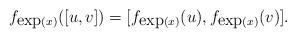
LaTeX: \begin{align*} f_{\mbox{exp}(x)}([u,v])=[ f_{\mbox{exp}(x)}(u), f_{\mbox{exp}(x)}(v)]. \end{align*}